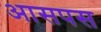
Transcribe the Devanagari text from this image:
आसपस